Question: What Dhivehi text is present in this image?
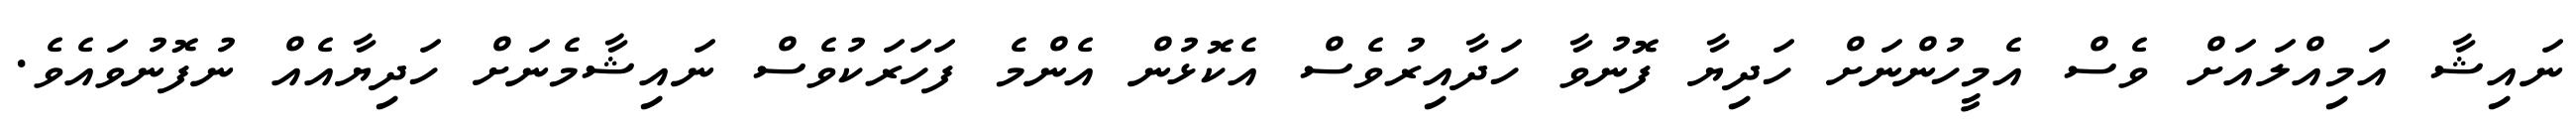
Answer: ނައިޝާ އަމިއްލައަށް ވެސް އެމީހުންނަށް ހަދިޔާ ފޮނުވާ ހަދާއިރުވެސް އެކޮޅުން އެންމެ ފަހަރަކުވެސް ނައިޝާމެނަށް ހަދިޔާއެއް ނުފޮނުވައެވެ.